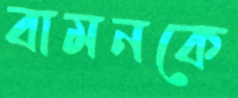
বামনকে